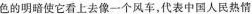
色的明暗使它看上去像一个风车，代表中国人民热情